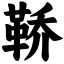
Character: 鞒